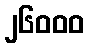
၂၆၀၀၀